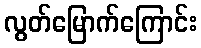
လွတ်မြောက်ကြောင်း